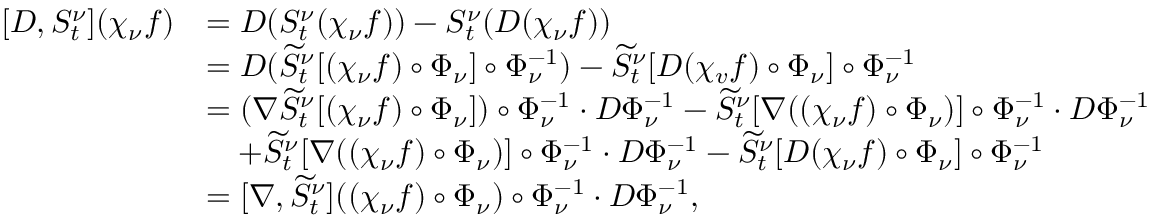
\begin{array} { r l } { [ D , S _ { t } ^ { \nu } ] ( \chi _ { \nu } f ) } & { = D ( S _ { t } ^ { \nu } ( \chi _ { \nu } f ) ) - S _ { t } ^ { \nu } ( D ( \chi _ { \nu } f ) ) } \\ & { = D ( \widetilde S _ { t } ^ { \nu } [ ( \chi _ { \nu } f ) \circ \Phi _ { \nu } ] \circ \Phi _ { \nu } ^ { - 1 } ) - \widetilde S _ { t } ^ { \nu } [ D ( \chi _ { v } f ) \circ \Phi _ { \nu } ] \circ \Phi _ { \nu } ^ { - 1 } } \\ & { = ( \nabla \widetilde S _ { t } ^ { \nu } [ ( \chi _ { \nu } f ) \circ \Phi _ { \nu } ] ) \circ \Phi _ { \nu } ^ { - 1 } \cdot D \Phi _ { \nu } ^ { - 1 } - \widetilde S _ { t } ^ { \nu } [ \nabla ( ( \chi _ { \nu } f ) \circ \Phi _ { \nu } ) ] \circ \Phi _ { \nu } ^ { - 1 } \cdot D \Phi _ { \nu } ^ { - 1 } } \\ & { \quad + \widetilde S _ { t } ^ { \nu } [ \nabla ( ( \chi _ { \nu } f ) \circ \Phi _ { \nu } ) ] \circ \Phi _ { \nu } ^ { - 1 } \cdot D \Phi _ { \nu } ^ { - 1 } - \widetilde S _ { t } ^ { \nu } [ D ( \chi _ { \nu } f ) \circ \Phi _ { \nu } ] \circ \Phi _ { \nu } ^ { - 1 } } \\ & { = [ \nabla , \widetilde S _ { t } ^ { \nu } ] ( ( \chi _ { \nu } f ) \circ \Phi _ { \nu } ) \circ \Phi _ { \nu } ^ { - 1 } \cdot D \Phi _ { \nu } ^ { - 1 } , } \end{array}